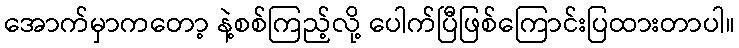
အောက်မှာကတော့ နဲ့စစ်ကြည့်လို့ ပေါက်ပြီဖြစ်ကြောင်းပြထားတာပါ။